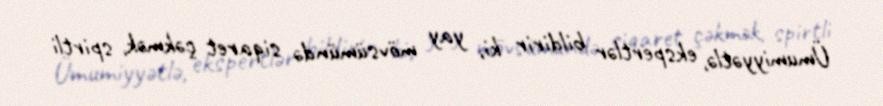
Ümumiyyətlə, ekspertlər bildirir ki, yay mövsümündə siqaret çəkmək, spirtli